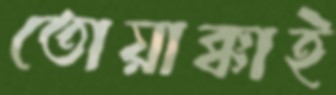
তোয়াক্কাই